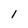
Character: 1